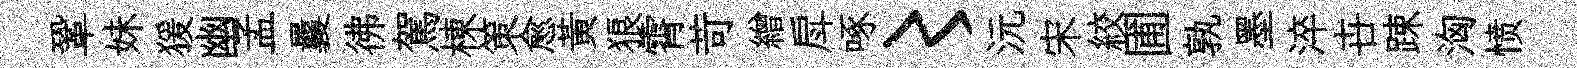
鞏妹猨幽孟曩彿駕棟策愈黃狼霄苛繒戽啄〻沅宋絞圃孰墨淬卋踈洶愤